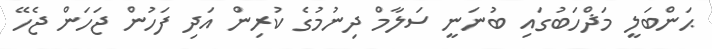
ޙަންބަލީ މަޛްހަބުގައި ބުނަނީ ސަލާމް ދިނުމުގެ ކުރިން އަދި ފަހުން ޖަހަން ޖެހޭ